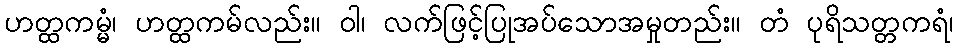
ဟတ္ထကမ္မံ၊ ဟတ္ထကမ်လည်း။ ဝါ၊ လက်ဖြင့်ပြုအပ်သောအမှုတည်း။ တံ ပုရိသတ္တကရံ၊